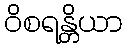
ဝိစရန္တိယာ